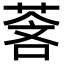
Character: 𬝓